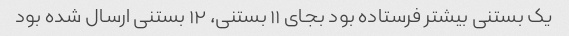
یک بستنی بیشتر فرستاده بود بجای ۱۱ بستنی، ۱۲ بستنی ارسال شده بود